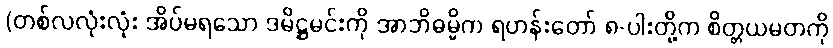
(တစ်လလုံးလုံး အိပ်မရသော ဒမိဋ္ဌမင်းကို အာဘိဓမ္မိက ရဟန်းတော် ၈-ပါးတို့က စိတ္တယမတကို